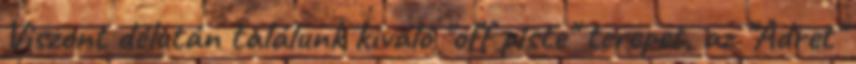
Viszont délután találunk kiváló "off piste" terepet, az "Adret"